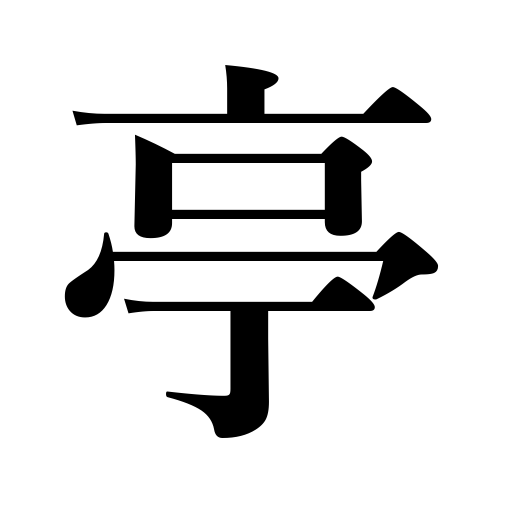
Meanings: cottage,vaudeville,music hall,stage name,mansion,arbor,restaurant